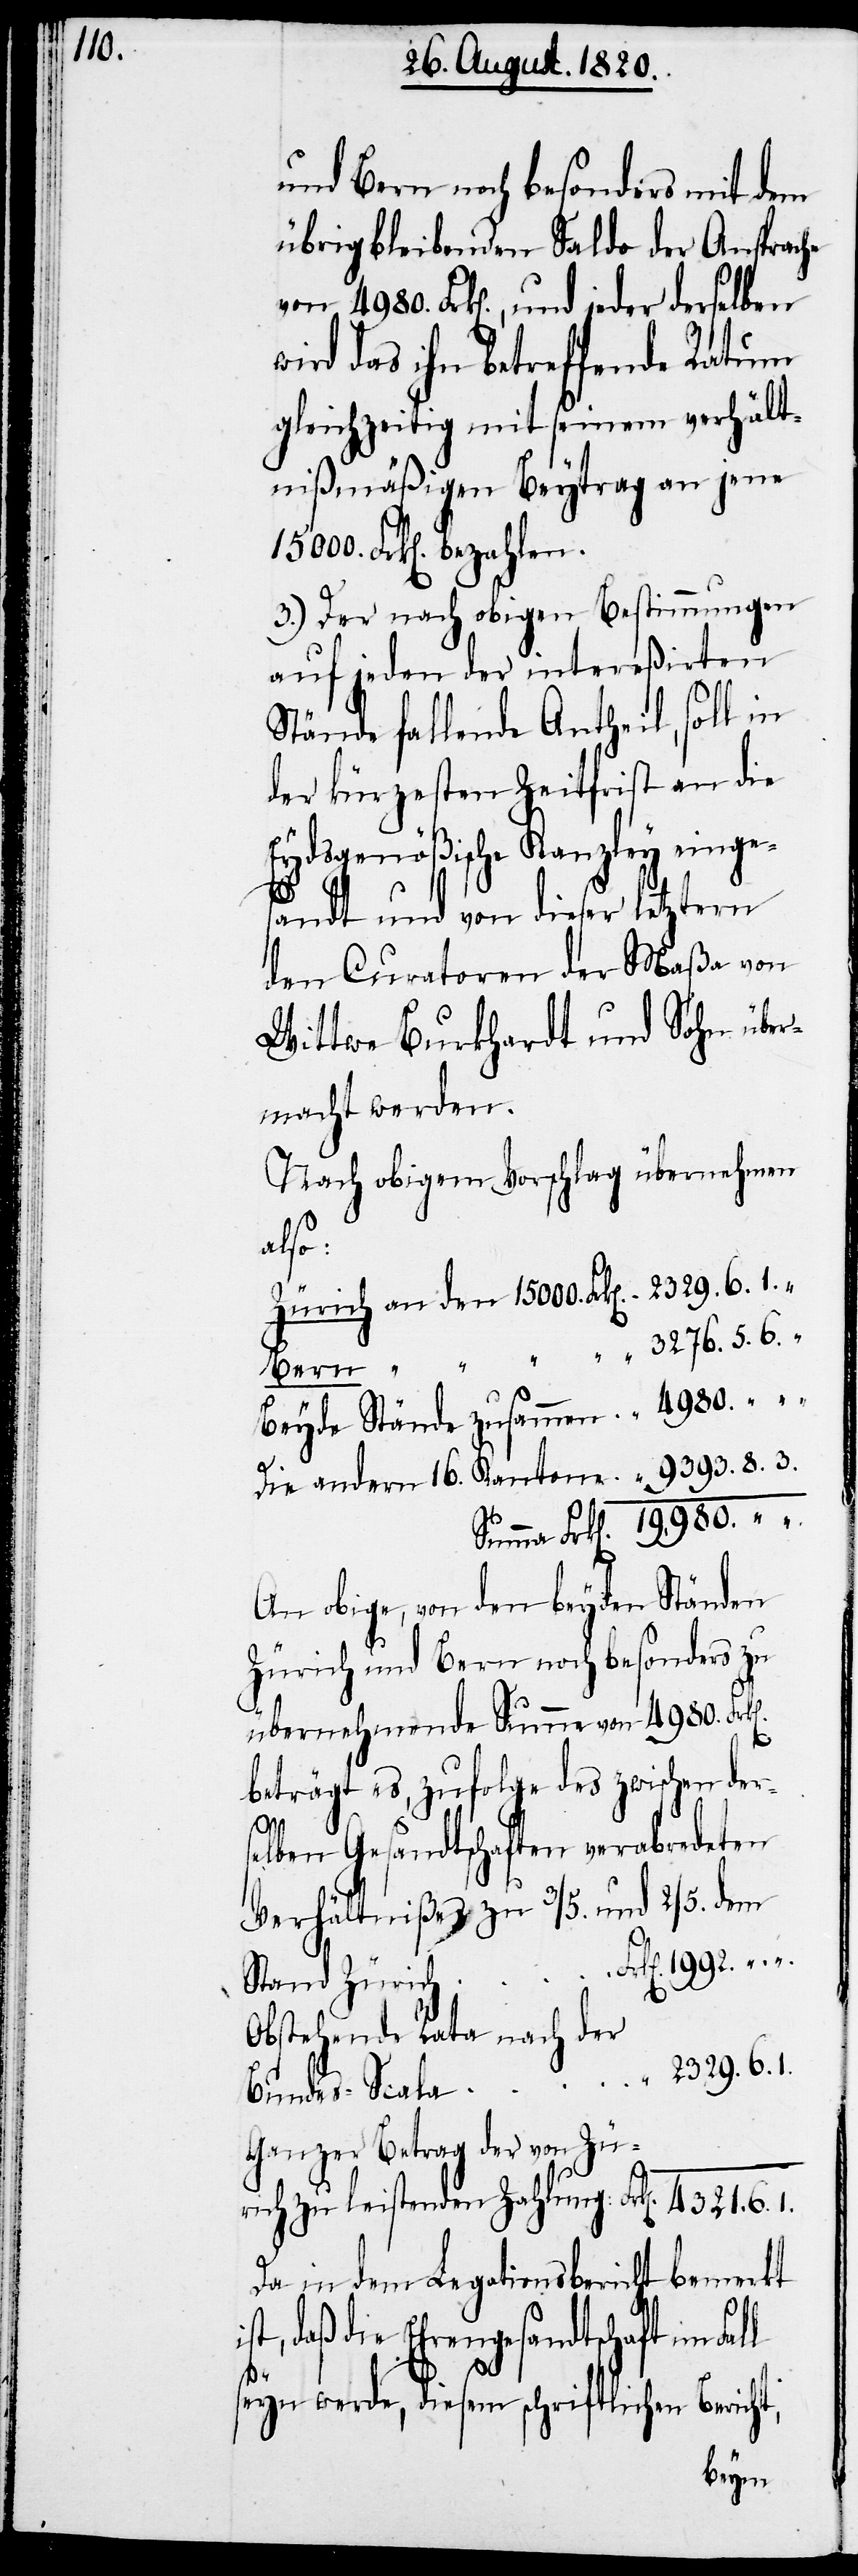
und Bern noch besonders mit dem
übrig bleibenden Saldo der Ansprach
von 4980. Frk[en]., und jeder derselben
das ihn betreffende Ratum
gleichzeitig mit seinem verhält¬
nißmäßigen Beytrag an jene
3.) Der nach obigen Bestimmungen
auf jeden der intereßirten
Stände fallende Antheil, soll in
der kürzesten Zeitfrist an die
Eydsgenößische Kanzley einge¬
sandt und von dieser letztern
den Curatoren der Maßa von
Wittwe Burkhardt und Sohn über¬
macht werden.
Nach obigem Vorschlag übernehmen
also:
Zürich an den 1500. Frk[en]. 	2329.6.1
Beyde Stände zusammen	 	4980.
Die andern 16. Kantone		9393.8.3
An obige, von den beyden Ständen
Zürich und Bern noch besonders zu
übernehmende Summe von 4980.
beträgt es, zufolge des zwischen der¬
selben Gesandtschaften verabredeten
Verhältniße zu 3/5. und 2/5. dem
Obstehende Rata nach der
Ganzer Betrag der von Zü¬
Da in dem Legationsbericht bemerkt
daß die Ehrengesandtschaft im
seyn werde, diesem schriftlichen Bericht,
rich